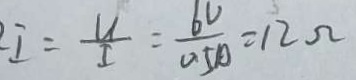
I = \frac { u } { I } = \frac { 6 v } { 0 . 5 A } = 1 2 \Omega